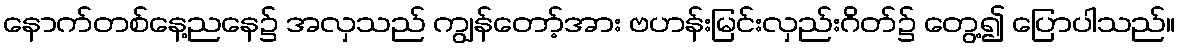
နောက်တစ်နေ့ညနေ၌ အလှသည် ကျွန်တော့်အား ဗဟန်းမြင်းလှည်းဂိတ်၌ တွေ့၍ ပြောပါသည်။